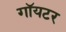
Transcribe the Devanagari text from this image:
गॉयटर